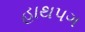
હાથપગ